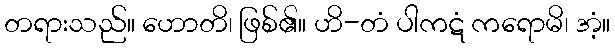
တရားသည်။ ဟောတိ၊ ဖြစ်၏။ ဟိ-တံ ပါကဋံ ကရောမိ၊ အံ့။